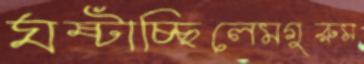
ঘষ্‌টাচ্ছিলেমগুরুম